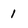
Character: 1